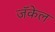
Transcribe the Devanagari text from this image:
जॅकेल